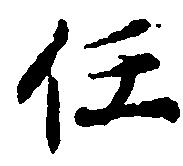
任